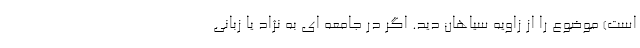
است) موضوع را از زاویه سیاهان دید. اگر در جامعه ای به نژاد یا زبانی